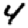
Digit: 4